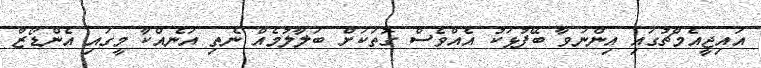
އައިޖީއެމްޗުގައި އިންނަވާ ބޭފުޅަކު އެއްވެސް ގޮތަކަށް ބަލާލުމެއް ނެތި އަނެއްކާ މީގައި އެންޑޯޒް